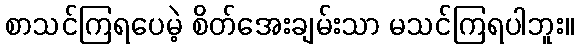
စာသင်ကြရပေမဲ့ စိတ်အေးချမ်းသာ မသင်ကြရပါဘူး။